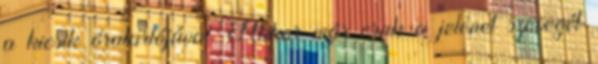
a kicsik óratartójával. Akkor már csak a jelenet szövegét